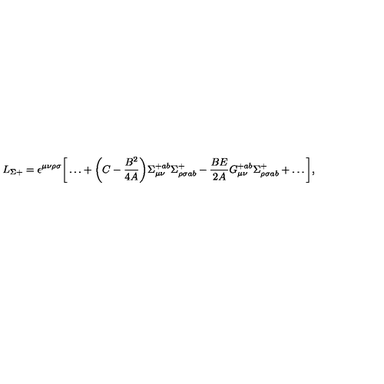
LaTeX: L _ { \Sigma + } = \epsilon ^ { \mu \nu \rho \sigma } \bigg [ \dots + \bigg ( C - { \frac { B ^ { 2 } } { 4 A } } \bigg ) \Sigma _ { \mu \nu } ^ { + a b } \Sigma _ { \rho \sigma a b } ^ { + } - { \frac { B E } { 2 A } } G _ { \mu \nu } ^ { + a b } \Sigma _ { \rho \sigma a b } ^ { + } + \dots \bigg ] ,